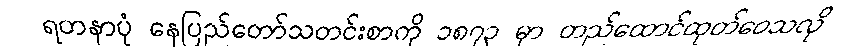
ရတနာပုံ နေပြည်တော်သတင်းစာကို ၁၈၇၃ မှာ တည်ထောင်ထုတ်ဝေသလို